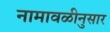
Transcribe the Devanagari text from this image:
नामावळीनुसार